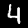
Label: 4